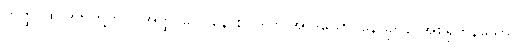
တတ္ထ၊ ထို ဒုက်တို့တွင်။ အတ္ထိ၊ ပေ။ နောစုပါဒါတိ အာဒယော၊ နောခုပါဉ် အစရှိကုန်သော။